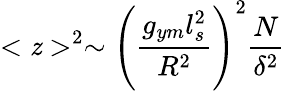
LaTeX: <\mathit{z}>^{2}\sim\left({\frac{{g_{ym}l_{s}^{2}}}{{R^{2}}}}\right)^{2}{\frac{{N}}{{\delta^{2}}}}